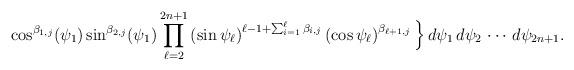
LaTeX: \begin{align*}\cos^{\beta_{1,j}} (\psi_1) \sin^{\beta_{2,j}}(\psi_1)\prod_{\ell=2}^{2n+1} \left ( \sin \psi_\ell \right )^{\ell - 1+ \sum_{i=1}^\ell \beta_{i, j} } \left ( \cos \psi_\ell \right )^{\beta_{\ell+1,j}} \Big \} \, d \psi_1 \, d \psi_2 \, \cdots \, d\psi_{2n+1}. \end{align*}